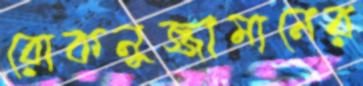
রোকনুজ্জামানের